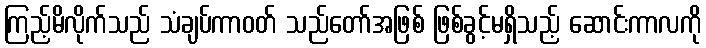
ကြည့်မိလိုက်သည် သံချပ်ကာဝတ် သည်တော်အဖြစ် ဖြစ်ခွင့်မရှိသည့် ဆောင်းကာလကို